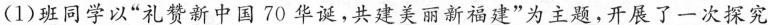
(1)班同学以”礼赞新中国70华诞，共建美丽新福建”为主题，开展了一次探究